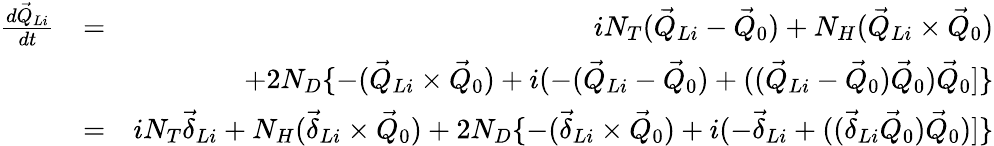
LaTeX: \begin{array}{rlr}{\frac{d\vec{Q}_{Li}}{dt}}&{=}&{iN_{T}(\vec{Q}_{Li}-\vec{Q}_{0})+N_{H}(\vec{Q}_{Li}\times\vec{Q}_{0})}\\ &{}&{+2N_{D}\{ -(\vec{Q}_{Li}\times\vec{Q}_{0})+i(-(\vec{Q}_{Li}-\vec{Q}_{0})+((\vec{Q}_{Li}-\vec{Q}_{0})\vec{Q}_{0})\vec{Q}_{0}]\} }\\ &{=}&{iN_{T}\vec{\delta}_{Li}+N_{H}(\vec{\delta}_{Li}\times\vec{Q}_{0})+2N_{D}\{ -(\vec{\delta}_{Li}\times\vec{Q}_{0})+i(-\vec{\delta}_{Li}+((\vec{\delta}_{Li}\vec{Q}_{0})\vec{Q}_{0})]\} }\end{array}